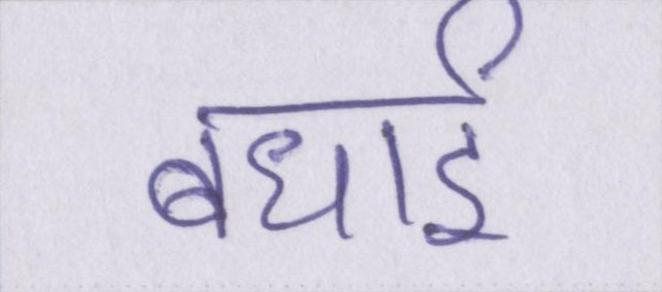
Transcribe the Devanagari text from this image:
बधाई